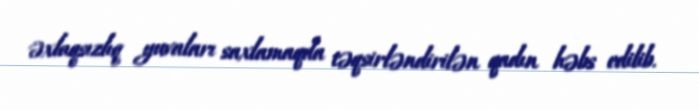
əxlaqsızlıq yuvaları saxlamaqda təqsirləndirilən qadın həbs edilib.